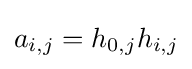
a_{i,j}=h_{0,j}h_{i,j}